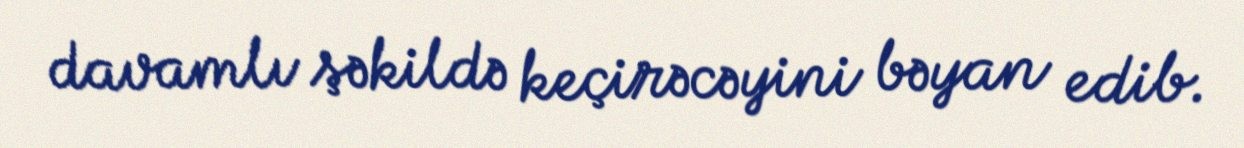
davamlı şəkildə keçirəcəyini bəyan edib.